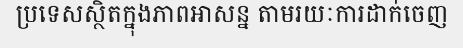
ប្រទេសស្ថិតក្នុងភាពអាសន្ន តាមរយៈការដាក់ចេញ